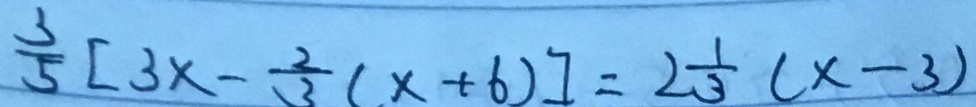
\frac { 3 } { 5 } [ 3 x - \frac { 2 } { 3 } ( x + 6 ) ] = 2 \frac { 1 } { 3 } ( x - 3 )